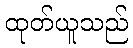
ထုတ်ယူသည်